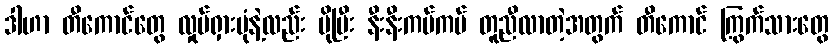
ဒါဟာ တီကောင်တွေ လှုပ်ရှားပုံနဲ့လည်း ပိုပြီး နီးနီးကပ်ကပ် တူညီလာတဲ့အတွက် တီကောင် ကြွက်သားတွေ